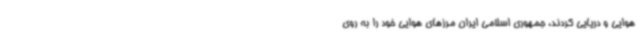
هوایی و دریایی کردند، جمهوری اسلامی ایران مرزهای هوایی خود را به روی